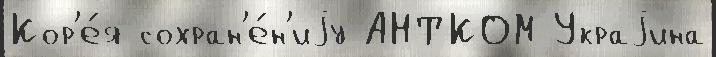
Кор'е́я сохран'е́н'иjу АНТКОМ Украjина